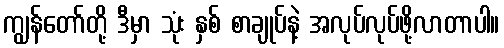
ကျွန်တော်တို့ ဒီမှာ သုံး နှစ် စာချုပ်နဲ့ အလုပ်လုပ်ဖို့လာတာပါ။